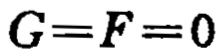
\(G=F = 0\)